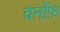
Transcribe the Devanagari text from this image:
वर्नोफ़